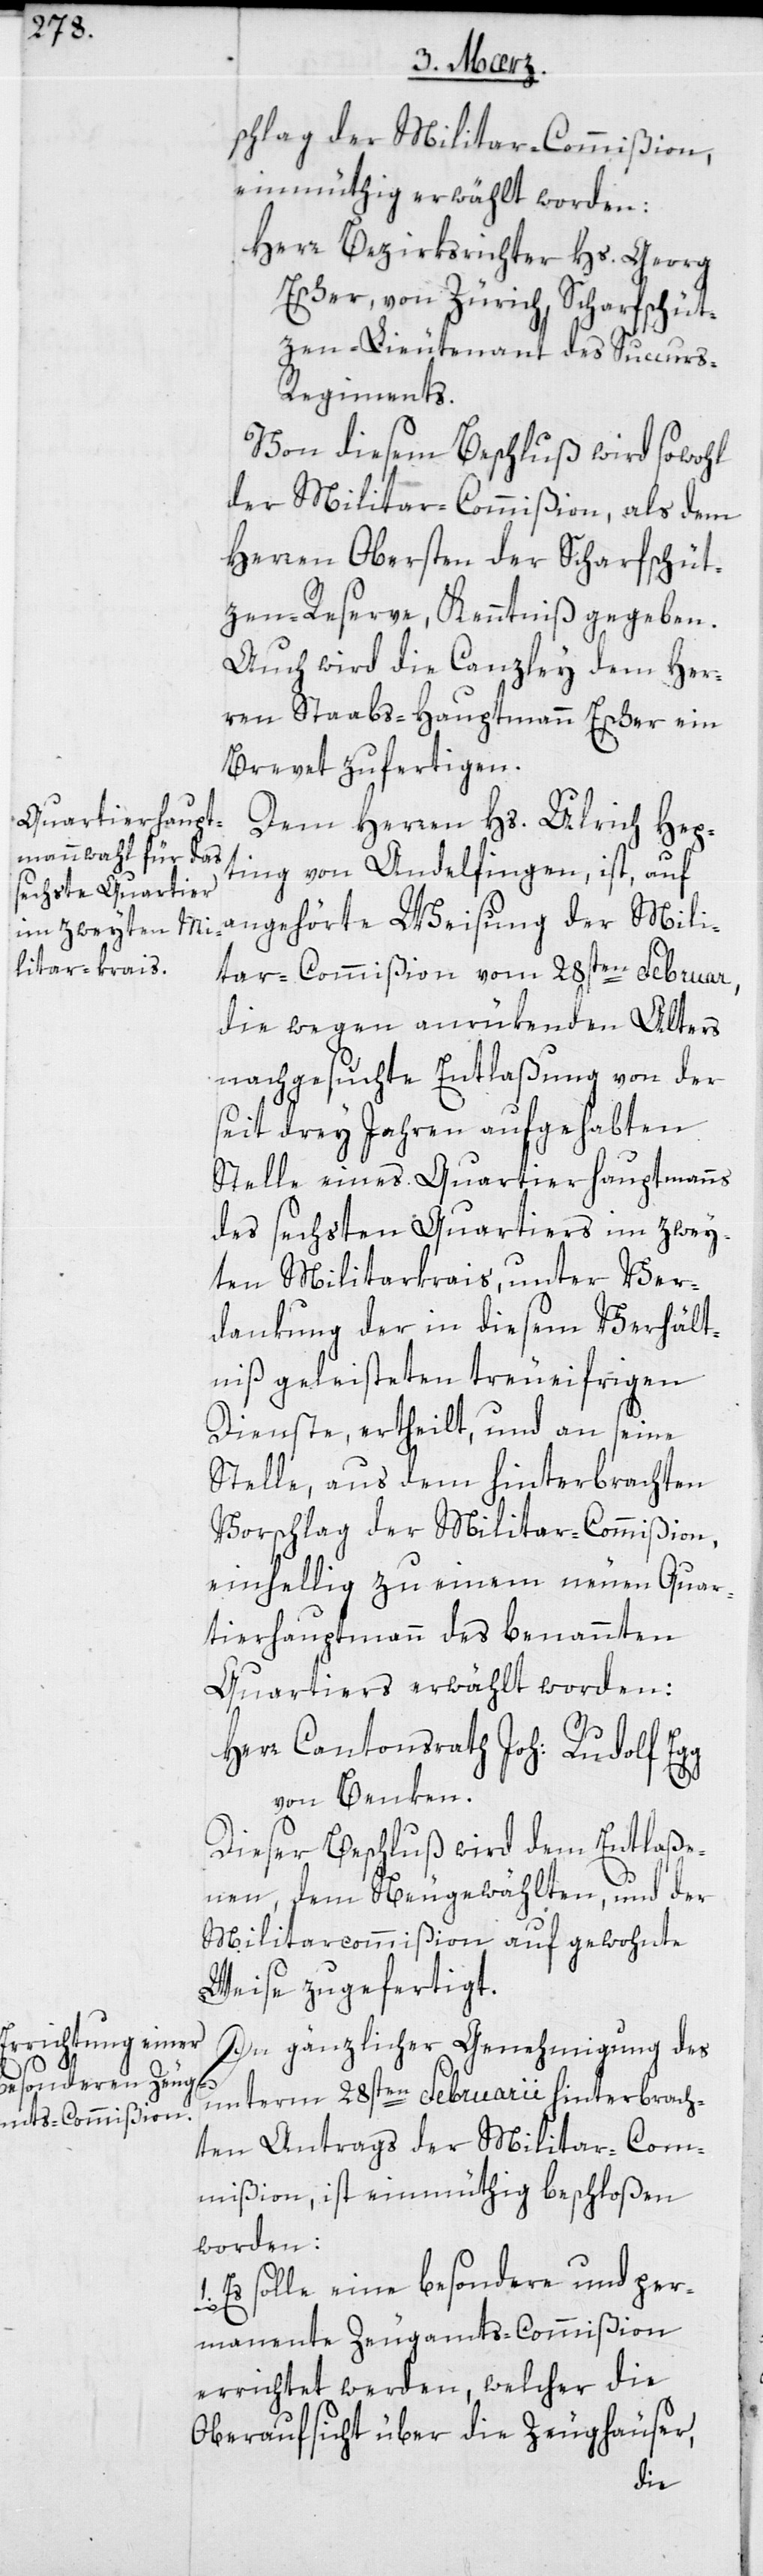
schlag der Militar-Commißion
einmüthig erwählt worden:
Herr Bezirksrichter Hs. Georg
Escher von Zürich, Scharfschüt¬
zen-Lieutenant des Succur¬
s-Regiments.
Von diesem Beschluß wird sowohl
der Militar-Commißion als dem
Herren Obersten der Scharfschüt¬
zen-Reserve, Kenntniß gegeben.
Auch wird die Canzley dem Her¬
ren Staabs-Hauptmann Escher ein
Brevet zufertigen.
Dem Herren Hs. Ulrich Hep¬
ting von Andelfingen, ist auf
angehörte Weisung der Mili¬
tar-Commißion vom 28sten Februar,
die wegen anrükenden Alters
nachgesuchte Entlaßung von der
seit drey Jahren aufgehabten
Stelle eines Quartierhauptmanns
des sechsten Quartiers im zwey¬
ten Militarkrais, unter Ver¬
dankung der in diesem Verhält¬
niß geleisteten treueifrigen
Dienste, ertheilt, und an seine
Stelle, aus dem hinterbrachten
Vorschlag der Militar-Commißion,
einhellig zu einem neuen Quar¬
tierhauptmann des benannten
Quartiers erwählt worden:
Herr Cantonsrath Joh: Rudolf Egg
von Benken.
Dieser Beschluß wird dem Entlaße¬
nen, dem neu Gewählten und der
Militarcommißion auf gewohnte
Weise zugefertigt.
In gänzlicher Genehmigung des
unterm 28sten Februarii hinterbrach¬
ten Antrags der Militar-Com¬
mißion, ist einmüthig beschloßen
worden:
1.
Es solle eine besondere und per¬
manente Zeugamts-Commißion
errichtet werden, welcher die
Oberaufsicht über die Zeughäuser,